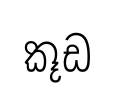
කූඩ